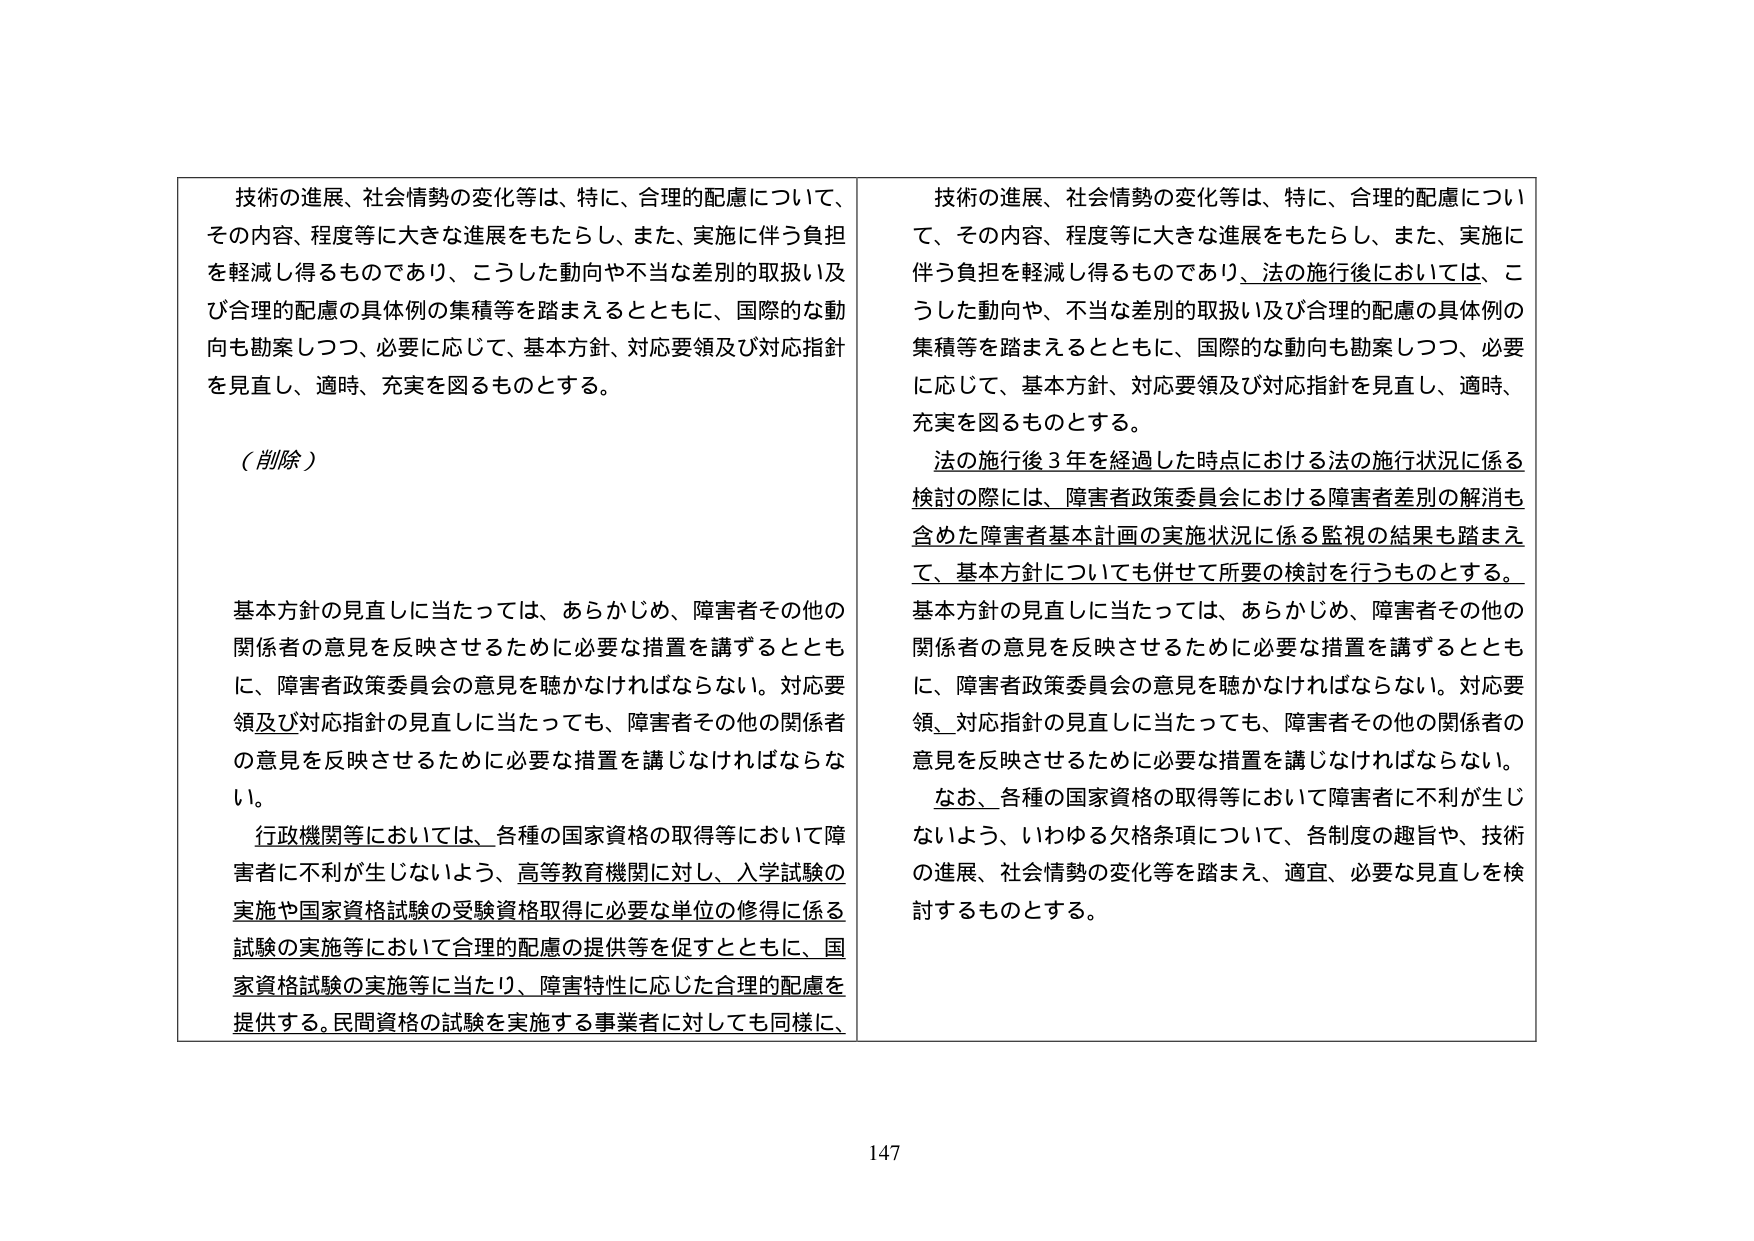
技術の進展、社会情勢の変化等は、特に、合理的配慮について、その内容、程度等に大きな進展をもたらし、また、実施に伴う負担を軽減し得るものであり、こうした動向や不当な差別の取扱い及び合理的配慮の具体例の集積等を踏まえるとともに、国際的な動向も勘案しつつ、必要に応じて、基本方針、対応要領及び対応指針を見直し、適時、充実を図るものとする。

（削除）

基本方針の見直しに当たっては、あらかじめ、障害者その他の関係者の意見を反映させるために必要な措置を講ずるとともに、障害者政策委員会の意見を聴かなければならない。対応要領及び対応指針の見直しに当たっても、障害者その他の関係者の意見を反映させるために必要な措置を講じなければならない。

行政機関等においては、各種の国家資格の取得等において障害者に不利が生じないよう、高等教育機関に対し、入学試験の実施や国家資格試験の受験資格取得に必要な単位の修得に係る試験の実施等において合理的配慮の提供等を促すとともに、国家資格試験の実施等に当たり、障害特性に応じた合理的配慮を提供する。民間資格の試験を実施する事業者に対しても同様に、

技術の進展、社会情勢の変化等は、特に、合理的配慮について、その内容、程度等に大きな進展をもたらし、また、実施に伴う負担を軽減し得るものであり、法の施行後においては、こうした動向や、不当な差別の取扱い及び合理的配慮の具体例の集積等を踏まえるとともに、国際的な動向も勘案しつつ、必要に応じて、基本方針、対応要領及び対応指針を見直し、適時、充実を図るものとする。

法の施行後３年を経過した時点における法の施行状況に係る検討の際には、障害者政策委員会における障害者差別の解消も含めた障害者基本計画の実施状況に係る監視の結果も踏まえて、基本方針についても併せて所要の検討を行うものとする。

基本方針の見直しに当たっては、あらかじめ、障害者その他の関係者の意見を反映させるために必要な措置を講ずるとともに、障害者政策委員会の意見を聴かなければならない。対応要領、対応指針の見直しに当たっても、障害者その他の関係者の意見を反映させるために必要な措置を講じなければならない。

なお、各種の国家資格の取得等において障害者に不利が生じないよう、いわゆる欠格条項について、各制度の趣旨や、技術の進展、社会情勢の変化等を踏まえ、適宜、必要な見直しを検討するものとする。

147